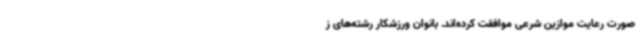
صورت رعایت موازین شرعی موافقت کرده‌اند. بانوان ورزشکار رشته‌های ز